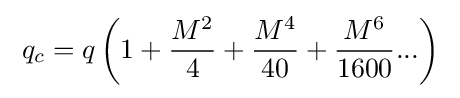
\;q_{c}=q\left(1+{\frac {M^{2}}{4}}+{\frac {M^{4}}{40}}+{\frac {M^{6}}{1600}}...\right)\;